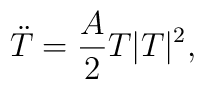
\ddot T = \frac{A}{2} T |T|^2 ,